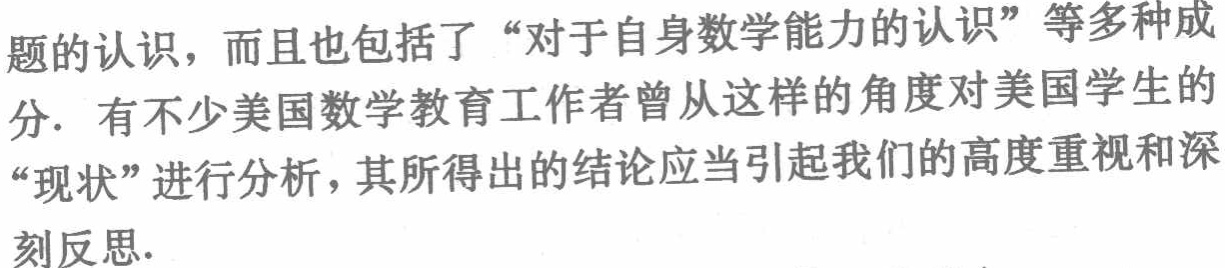
题的认识，而且也包括了“对于自身数学能力的认识”等多种成

分. 有不少美国数学教育工作者曾从这样的角度对美国学生的

“现状”进行分析，其所得出的结论应当引起我们的高度重视和深

刻反思.